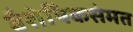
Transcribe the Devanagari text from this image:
वैशेषिकसंमत